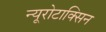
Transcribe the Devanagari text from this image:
न्यूरोटाक्सिन